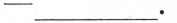
-____.